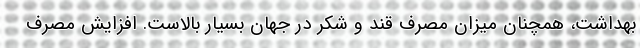
بهداشت، همچنان میزان مصرف قند و شکر در جهان بسیار بالاست. افزایش مصرف